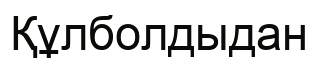
Құлболдыдан